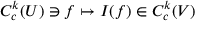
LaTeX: C _ { c } ^ { k } ( U ) \ni f \mapsto I ( f ) \in C _ { c } ^ { k } ( V )